Annual report of the Punjab Veterinary College and of the Civil Veterinary Department, Punjab - 1894-1908
Year: 1894
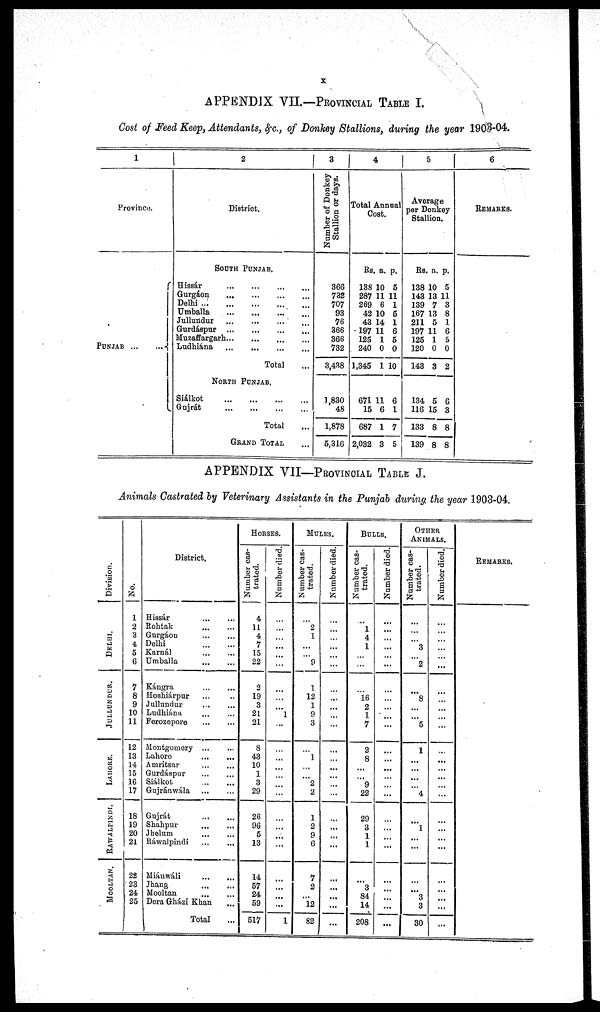
x
APPENDIX VII.—PROVINCIAL TABLE I.
Cost of Feed Keep, Attendants, &c., of Donkey Stallions, during the year 1903-04.
1
Province.
PUNJAB
...
...
2
District.
SOUTH PUNJAB.
Hissár
... ... ... ... ...
Gurgáon
...
...
...
...
Delhi
...
...
...
...
Umballa
... ... ... ...
Jullundur ... ... ... ...
Gurdáspur
...
...
...
...
Muzaffargarh... ... ... ...
Ludhiana
...
...
...
...
Total ...
NORTH PUNJAB.
Siálkot
...
...
...
...
Gujrát
...
...
...
...
Total ...
GRAND TOTAL ...
3
Number of Donkey
Stallion or days.
366
732
707
93
76
366
366
732
3,438
1,830
48
1,878
5,316
4
Total Annual
Cost.
Rs.
138
287
269
42
43
197
125
240
1,345
671
15
687
2,032
a.
10
11
6
10
14
11
1
0
1
11
6
1
3
p.
5
11
1
5
1
6
5
0
10
6
1
7
5
5
Average
per Donkey
Stallion.
Rs.
138
143
139
167
211
197
125
120
143
134
116
133
139
a.
10
13
7
13
5
11
1
0
3
5
15
8
8
p.
5
11
3
8
1
6
5
0
2
6
3
8
8
6
REMARKS.
APPENDIX VII—PROVINCIAL TABLE J.
Animals Castrated by Veterinary Assistants in the Punjab during, the year 1903-04.
Division.
DELHI.
JULLUNDUR.
LAHORE.
RAWALPINDI. MOOLTAN.
No.
1
2
3
4
5
6
7
8
9
10
11
12
13
14
15
16
17
18
19
20
21
22
23
24
25
District.
Hissár
...
...
Rohtak
...
...
Gurgáon
...
...
Delhi
...
...
Karnál
...
...
Umballa
...
...
Kángra
...
...
Hoshiárpur ... ...
Jullundur
...
...
Ludhiána ... ...
Ferozepore
...
...
Montgomery
...
...
Lahore
...
...
Amritsar
...
...
Gurdáspur
...
...
Siálkot
...
...
Gujránwála ... ...
Gnjrát
...
...
Shahpur
...
...
Jhelum
... ...
Rawalpindi
...
...
Miánwáli ... ...
Jhang
...
...
Mooltan
... ...
Dera Gházi Khan ...
Total
HORSES.
Number cas-
trated.
4
11
4
7
15
22
2
19
3
21
21
8
43
10
1
3
29
26
96
5
13
14
57
24
59
517
Number died.
...
...
...
...
...
...
...
...
...
1
...
...
...
...
...
...
...
...
...
...
...
...
...
...
...
1
MULES.
Number cas-
trated.
...
2
1
...
...
9
1
12
1
9
3
...
1
...
2
2
1
2
9
6
7
2
...
12
82
Number died.
...
...
...
...
...
...
...
...
...
...
...
...
...
...
...
...
...
...
...
...
...
...
...
...
...
...
BULLS.
Number cas-
trated.
...
1
4
1
...
...
...
16
2
1
7
2
8
...
...
9
22
29
3
1
1
...
3
84
14
208
Number died.
...
...
...
...
...
...
...
...
...
...
...
...
...
...
...
...
...
...
...
...
...
...
...
...
...
...
OTHER
ANIMALS.
Number cas-
trated.
...
...
...
3
...
2
...
8
...
...
5
1
...
...
...
...
4
...
1
...
...
...
...
3
3
30
Number died.
...
...
...
...
...
...
...
...
...
...
...
...
... ...
...
...
...
...
...
...
...
...
...
...
...
...
REMARKS.